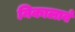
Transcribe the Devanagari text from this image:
निकालावं